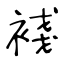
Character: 䙁